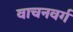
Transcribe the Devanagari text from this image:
वाचनवर्ग